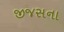
જીજસના